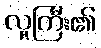
လူကြီး၏